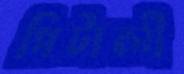
পিটালী